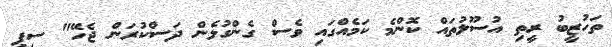
ތަހުޒީބު ރީތި އުސޫލުތައް ކޮންމެ ކަމެއްގައި ވެސް ގެންގުޅެން ދަސްކުރަން ޖެހޭ" ސީޕީ